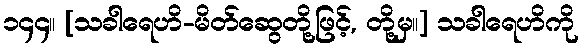
၁၄၄။ [သခါရေဟိ-မိတ်ဆွေတို့ဖြင့်, တို့မှ။] သခါရေဟိကို